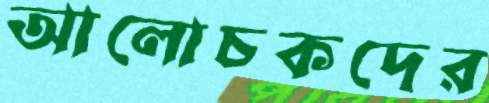
আলোচকদের